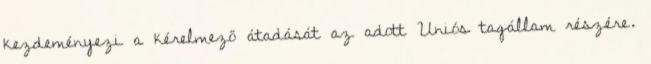
kezdeményezi a kérelmező átadását az adott Uniós tagállam részére.